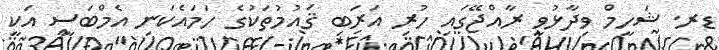
ޑރ. ޝަހީމް ވިދާޅުވީ ރާއްޖޭގައި ހުރި އަރަބި ޤައުމުތަކުގެ ހަމައެކަނި އެމްބަސީ އަކީ